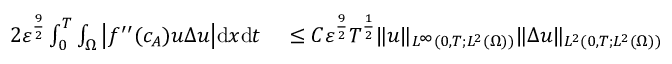
\begin{array} { r l } { { 2 } \varepsilon ^ { \frac { 9 } { 2 } } \int _ { 0 } ^ { T } \int _ { \Omega } \big | f ^ { \prime \prime } ( c _ { A } ) u \Delta u \big | \mathrm { d } x \mathrm { d } t } & { { } \leq C \varepsilon ^ { \frac { 9 } { 2 } } T ^ { \frac { 1 } { 2 } } \| u \| _ { L ^ { \infty } ( 0 , T ; L ^ { 2 } ( \Omega ) ) } \| \Delta u \| _ { L ^ { 2 } ( 0 , T ; L ^ { 2 } ( \Omega ) ) } } \end{array}